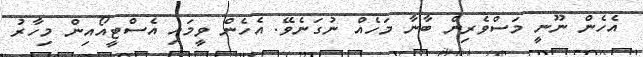
އެހެން ނޫނީ މަސްވެރިން ބާނާ މަހެއް ނުގަނެވޭ. އެހެން ވީމައި އެސްޓީއޯއިން މިހާރު